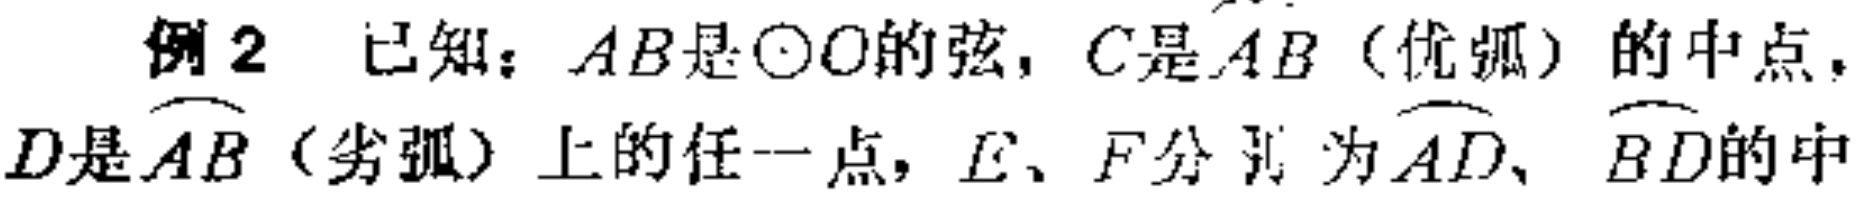
例2 已知：$AB$是$\odot O$的弦，$C$是$\overset{\frown}{AB}$（优弧）的中点，$D$是$\overset{\frown}{AB}$（劣弧）上的任一点，$E、F$分别为$\overset{\frown}{AD}$、$\overset{\frown}{BD}$的中